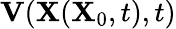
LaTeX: \mathbf{V}(\mathbf{X}(\mathbf{X}_{0},t),t)